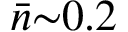
\bar { n } { \sim } 0 . 2